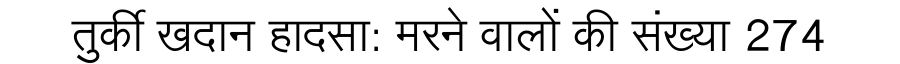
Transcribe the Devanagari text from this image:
तुर्की खदान हादसा: मरने वालों की संख्या 274